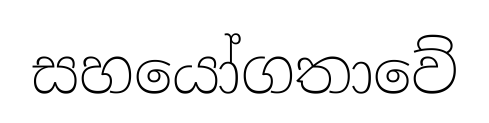
සහයෝගතාවේ